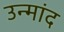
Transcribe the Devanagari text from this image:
उन्मांद